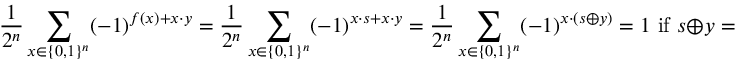
{ \frac { 1 } { 2 ^ { n } } } \sum _ { x \in \{ 0 , 1 \} ^ { n } } ( - 1 ) ^ { f ( x ) + x \cdot y } = { \frac { 1 } { 2 ^ { n } } } \sum _ { x \in \{ 0 , 1 \} ^ { n } } ( - 1 ) ^ { x \cdot s + x \cdot y } = { \frac { 1 } { 2 ^ { n } } } \sum _ { x \in \{ 0 , 1 \} ^ { n } } ( - 1 ) ^ { x \cdot ( s \oplus y ) } = 1 { \mathrm { ~ i f ~ } } s \oplus y = { \vec { 0 } } , \, 0 { \mathrm { ~ o t h e r w i s e } } .